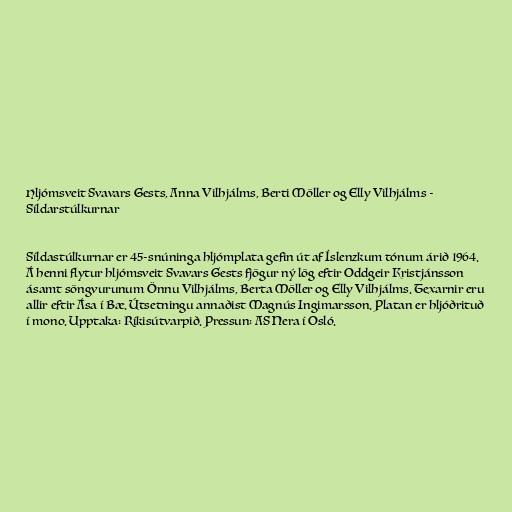
Hljómsveit Svavars Gests, Anna Vilhjálms, Berti Möller og Elly Vilhjálms -
Síldarstúlkurnar

Síldastúlkurnar er 45-snúninga hljómplata gefin út af Íslenzkum tónum árið 1964.
Á henni flytur hljómsveit Svavars Gests fjögur ný lög eftir Oddgeir Kristjánsson
ásamt söngvurunum Önnu Vilhjálms, Berta Möller og Elly Vilhjálms. Texarnir eru
allir eftir Ása í Bæ. Útsetningu annaðist Magnús Ingimarsson. Platan er hljóðrituð
í mono. Upptaka: Ríkisútvarpið. Pressun: AS Nera í Osló.